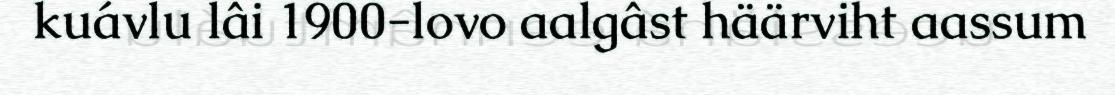
kuávlu lâi 1900-lovo aalgâst häärviht aassum